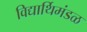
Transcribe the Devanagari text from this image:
विद्यार्थिमंडळ